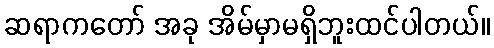
ဆရာကတော် အခု အိမ်မှာမရှိဘူးထင်ပါတယ်။